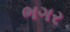
ભગર